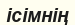
ісімнің